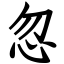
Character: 忽